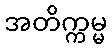
အတိက္ကမ္မ